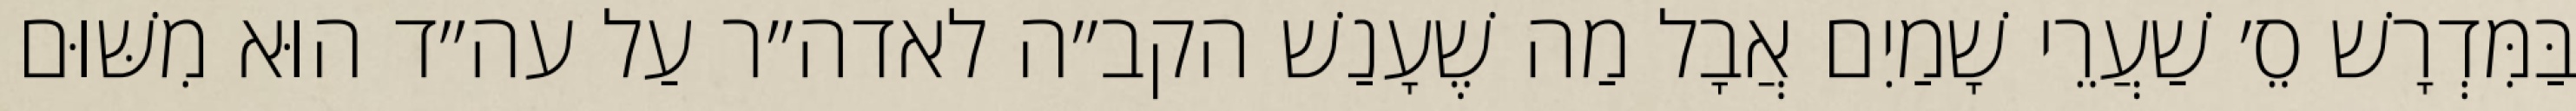
בַּמִּדְרָשׁ סֵ׳ שַׁעֲרֵי שָׁמַיִם אֲבָל מַה שֶׁעָנַשׁ הקב״ה לאדה״ר עַל עה״ד הוּא מִשּׁוּם